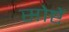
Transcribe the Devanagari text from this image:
सोष्टें